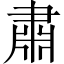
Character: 肅